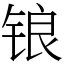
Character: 锒